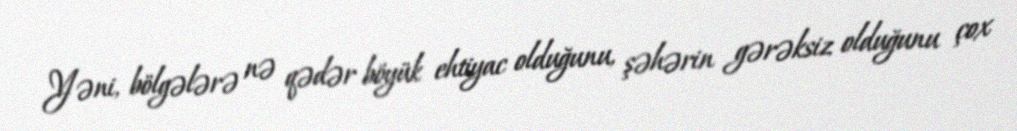
Yəni, bölgələrə nə qədər böyük ehtiyac olduğunu, şəhərin gərəksiz olduğunu çox